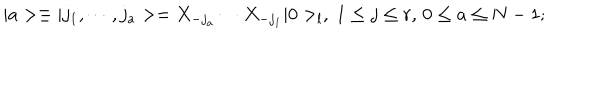
\vert a > \equiv \vert j _ { 1 } , \cdots , j _ { a } > = X _ { - j _ { a } } \cdots X _ { - j _ { 1 } } \vert 0 > _ { l } , \; 1 \leq j \leq r , \, 0 \leq a \leq N - 1 ;